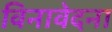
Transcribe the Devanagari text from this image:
विनावेदना